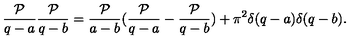
\frac { { \cal P } } { q - a } \frac { { \cal P } } { q - b } = \frac { { \cal P } } { a - b } ( \frac { { \cal P } } { q - a } - \frac { { \cal P } } { q - b } ) + \pi ^ { 2 } \delta ( q - a ) \delta ( q - b ) .